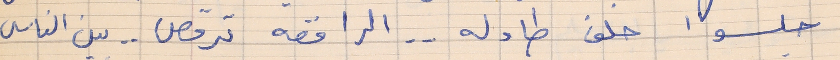
جلسوا خلف طاوله الراقصه ترقص . . بين الناس